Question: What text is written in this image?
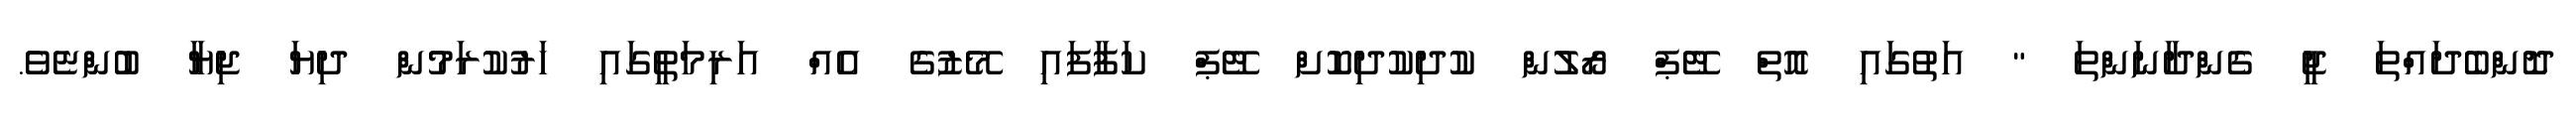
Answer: ދޮންބެދައްތަ ޖީ ގެންދާނަންތަ " އަތުގައި އޮތް ޓޭޕް ރޯލުން ކުދިކުދިކޮށް ޓޭޕް ކަފާފައި މޭޒުގެ އެއް އަރިމަތީގައި ހަރުކުރަމުން ދިޔަ ޖިޔާ ބުންޏެވެ.